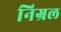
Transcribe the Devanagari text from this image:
निग्रल